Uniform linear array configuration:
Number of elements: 8
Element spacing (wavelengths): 0.25
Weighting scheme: kaiser
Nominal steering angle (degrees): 30
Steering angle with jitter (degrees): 31.992
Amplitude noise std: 0.05
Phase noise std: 0.05

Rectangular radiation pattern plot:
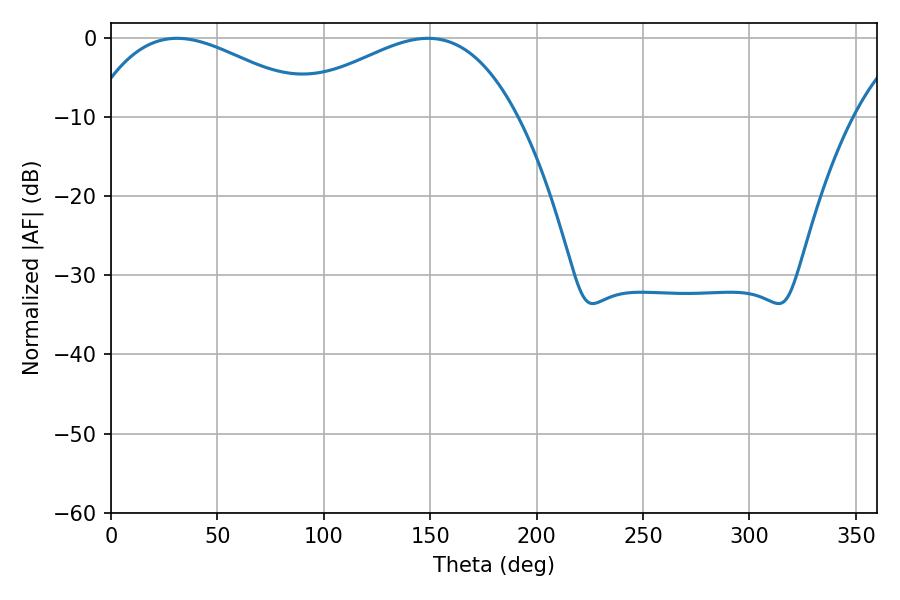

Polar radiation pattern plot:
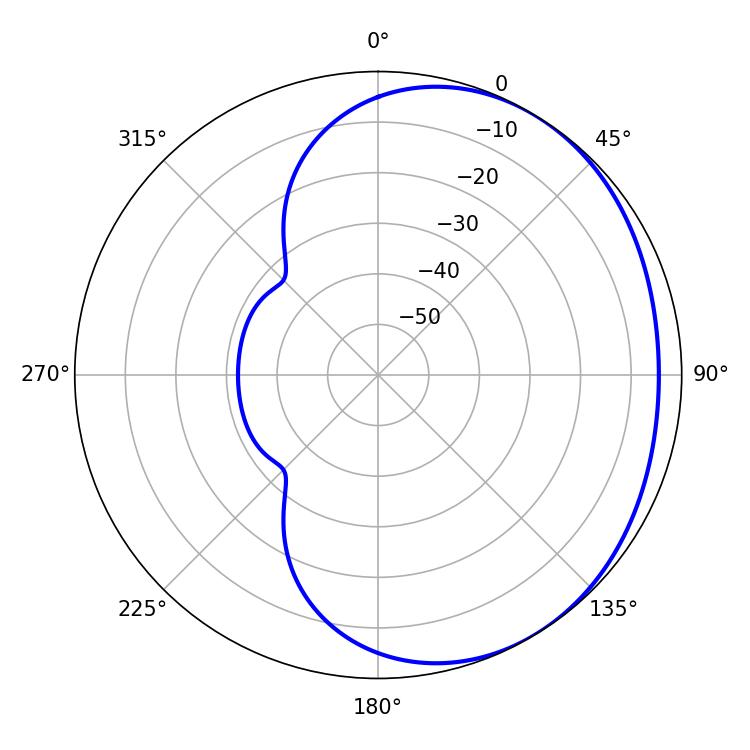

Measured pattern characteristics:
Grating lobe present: FALSE
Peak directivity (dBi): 2.089
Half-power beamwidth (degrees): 59.4
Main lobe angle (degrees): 30.96